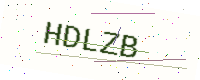
Text: HDLZB